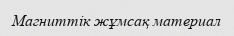
Магниттік жұмсақ материал